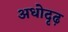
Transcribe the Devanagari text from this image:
अधोदृढ़